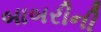
બાબરીની